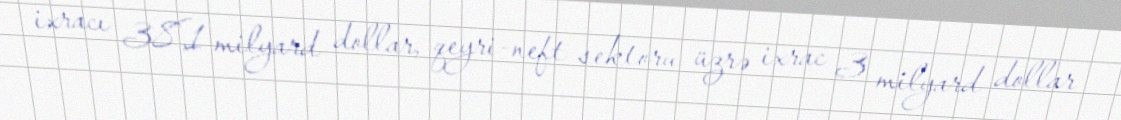
ixracı 38,1 milyard dollar, qeyri-neft sektoru üzrə ixrac 3 milyard dollar